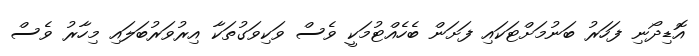
އޮޑިދޯނި ފަހަރު ބަނުމަށްޓަކައި ފަށަން ބެހެއްޓުމަކީ ވެސް ވަކިވަގުތަކާ އިރުވަރުބަލައި މިހާރު ވެސް